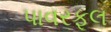
પાવરફૂલ